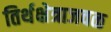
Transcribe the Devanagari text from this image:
तिर्थक्षेत्राजवळ